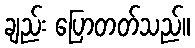
ချည်း ပြောတတ်သည်။